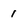
Character: 1